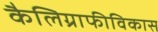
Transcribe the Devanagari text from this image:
कैलिग्राफीविकास